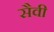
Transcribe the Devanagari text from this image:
सैवी